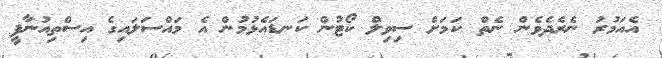
އެއަމުރު ނެރެދެވެން ނެތް ކަމަށް ސިވިލް ކޯޓުން ކަނޑައެޅުމުން އެ މައްސަލައިގެ އިސްތިއުނާފީ